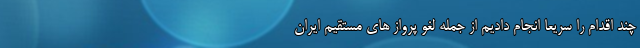
چند اقدام را سریعا انجام دادیم از جمله لغو پرواز های مستقیم ایران